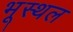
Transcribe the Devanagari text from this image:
भूस्थल